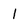
Character: l